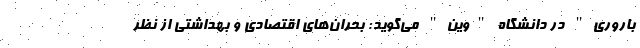
باروری" در دانشگاه "وین" می‌گوید: بحران‌های اقتصادی و بهداشتی از نظر